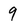
Character: 9